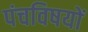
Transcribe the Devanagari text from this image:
पंचविषयों